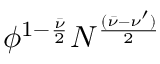
\phi ^ { 1 - \frac { \bar { \nu } } { 2 } } N ^ { \frac { ( \bar { \nu } - \nu ^ { \prime } ) } { 2 } }